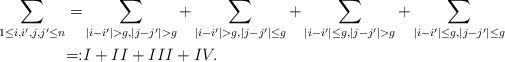
LaTeX: \begin{align*}\sum_{1\leq i,i',j,j'\leq n}=&\sum_{|i-i'|>g,|j-j'|> g}+\sum_{|i-i'|>g,|j-j'|\leq g}+\sum_{|i-i'|\leq g,|j-j'|> g}+\sum_{|i-i'|\leq g,|j-j'|\leq g}\\=:& I+II+III+IV.\end{align*}